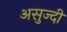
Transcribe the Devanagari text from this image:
असुज्दी